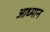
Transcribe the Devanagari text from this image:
आध्मान